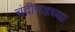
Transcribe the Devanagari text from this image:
चंदीगडच्या